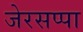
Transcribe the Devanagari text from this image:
जेरसप्पा